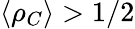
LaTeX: \langle\rho_{C}\rangle>1/2